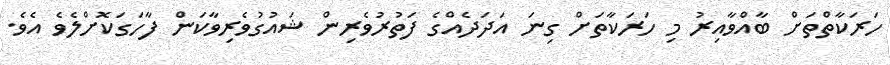
ހަރަކާތްތަށް ބާއްވާއިރު މި ހަރަކާތަށް ގިނަ އަދަދެއްގެ ފަތުރުވެރިން ޝައުގުވެރިވާކަން ފާހަގަކޮށްލެވެ އެވެ.